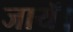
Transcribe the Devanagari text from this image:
जायॅ।